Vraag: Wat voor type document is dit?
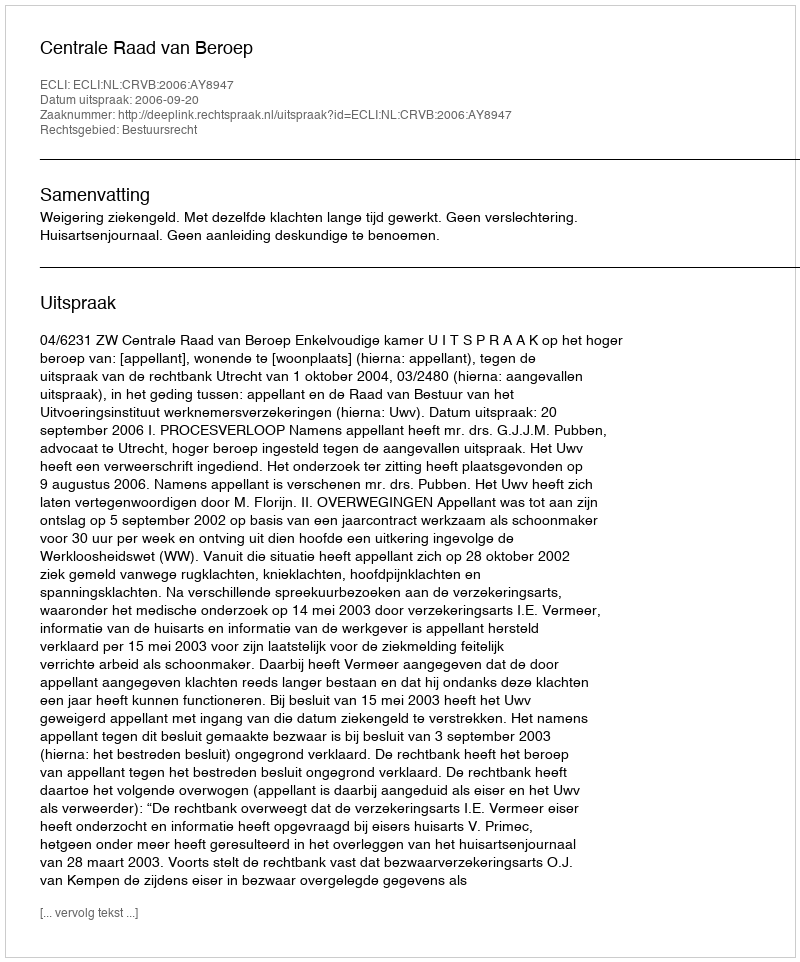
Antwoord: Uitspraak